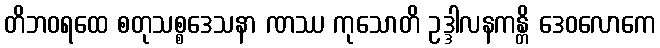
တိဘဝရထေ စတုသစ္စဒေသနာ ဏဿ ကုသောတိ ဥဒ္ဒါလနကန္တိ ဒေဝလောကေ